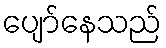
ပျော်နေသည်